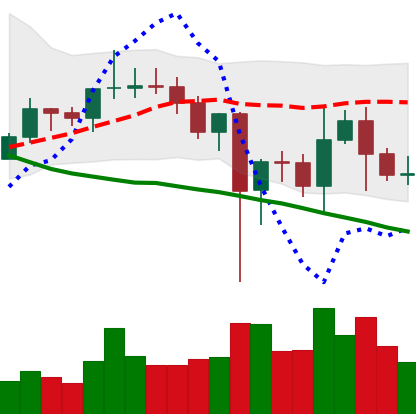
Ticker: LINK-USD
Chart end date: 2020-12-31
Forward return: 29.008%
Label: up_7plus